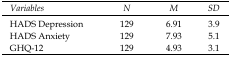
<table><thead><tr><td><b>Variables</b></td><td><b>N</b></td><td><b>M</b></td><td><b>SD</b></td></tr></thead><tbody><tr><td>HADS Depression</td><td>129</td><td>6.91</td><td>3.9</td></tr><tr><td>HADS Anxiety</td><td>129</td><td>7.93</td><td>5.1</td></tr><tr><td>GHQ-12</td><td>129</td><td>4.93</td><td>3.1</td></tr></tbody></table>